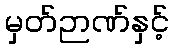
မှတ်ဉာဏ်နှင့်